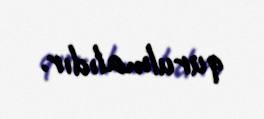
qurulmalıdır.